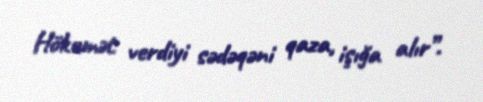
Hökumət verdiyi sədəqəni qaza, işığa alır”.